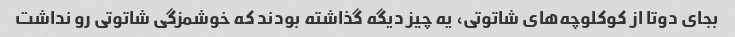
بجای دوتا از کوکلوچه‌های شاتوتی، یه چیز دیگه گذاشته بودند که خوشمزگی شاتوتی رو نداشت